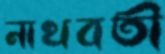
নাথবতী